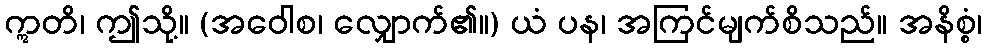
ဣတိ၊ ဤသို့။ (အဝေါစ၊ လျှောက်၏။) ယံ ပန၊ အကြင်မျက်စိသည်။ အနိစ္စံ၊